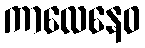
ကာလေနေဝ